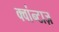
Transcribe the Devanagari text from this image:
क्वांन्टाज़